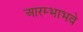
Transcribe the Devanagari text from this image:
आरम्भाभवे